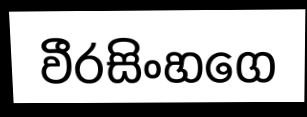
වීරසිංහගෙ